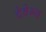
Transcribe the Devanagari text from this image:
देवेभ्य